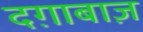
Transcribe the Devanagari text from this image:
दग़ाबाज़